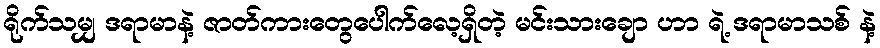
ရိုက်သမျှ ဒရာမာနဲ့ ဇာတ်ကားတွေပေါက်လေ့ရှိတဲ့ မင်းသားချော ဟာ ရဲ့ ဒရာမာသစ် နဲ့